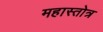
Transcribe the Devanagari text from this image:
महास्तोत्र